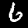
Digit: 6